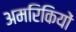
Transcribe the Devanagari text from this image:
अमरिकियों